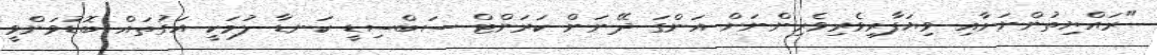
"ރައްޔިތުންނަށާއި ވިޔަފާރިވެރިވެރިންނަށް އަންގަ ދޭނަން ކަރަންޓް ސަބްސިޑީ ކަނޑާ ލުމަކީ އަގުތައް ބޮޑުވަންވީ